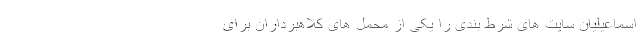
اسماعیلیان سایت های شرط بندی را یکی از محمل های کلاهبرداران برای